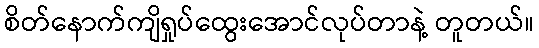
စိတ်နောက်ကျိရှုပ်ထွေးအောင်လုပ်တာနဲ့ တူတယ်။